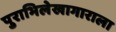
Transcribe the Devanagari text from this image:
पुराभिलेखागाराला